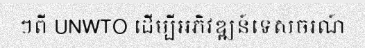
ៗពី UNWTO ដើម្បីអភិវឌ្ឍន៍ទេសចរណ៍